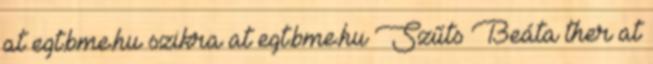
at egt.bme.hu szikra at egt.bme.hu Szűts Beáta ther at